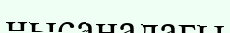
нысанадағы